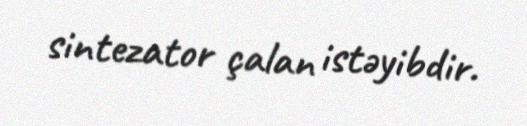
sintezator çalan istəyibdir.